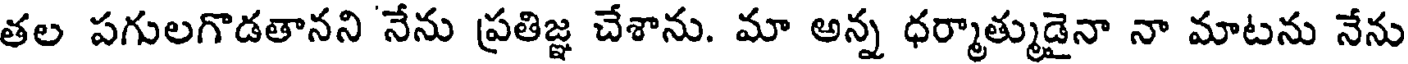
తల పగులగొడతానని నేను ప్రతిజ్ఞ చేశాను. మా అన్న ధర్మాత్ముడైనా నా మాటను నేను